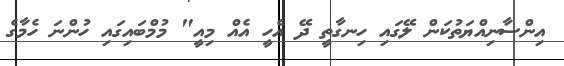
އިންސާނިއްޔަތުކަން ލޭގައި ހިނގާތީ ދޭ އެހީ އެއް މިއީ" މުމްބައިގައި ހުންނަ ހެމާގެ